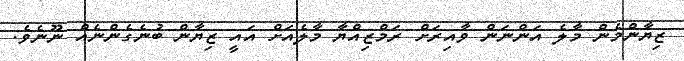
ޒިޔާންމެން މާލެ އަންނަން ވާއިރަށް ރަމްޒިއްޔާ މާލެއަށް އައީ ޒިޔާން ބުނެގެންނެއް ނޫނެވެ.